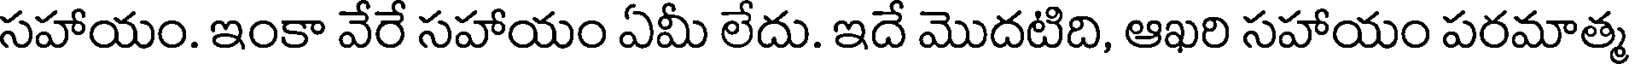
సహాయం. ఇంకా వేరే సహాయం ఏమీ లేదు. ఇదే మొదటిది, ఆఖరి సహాయం పరమాత్మ